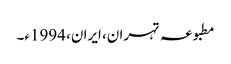
مطبوعہ تہران، ایران، 1994ء۔